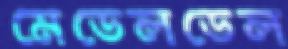
মেডেলডেল